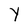
Character: Y